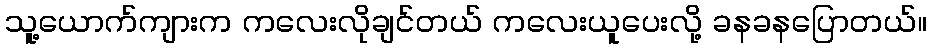
သူ့ယောက်ကျားက ကလေးလိုချင်တယ် ကလေးယူပေးလို့ ခနခနပြောတယ်။